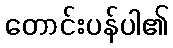
တောင်းပန်ပါ၏